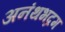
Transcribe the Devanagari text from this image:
अनंथभद्रम